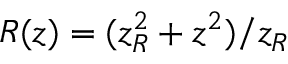
R ( z ) = ( z _ { R } ^ { 2 } + z ^ { 2 } ) / z _ { R }